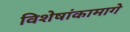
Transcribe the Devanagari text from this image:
विशेषांकामागे